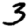
Digit: 3